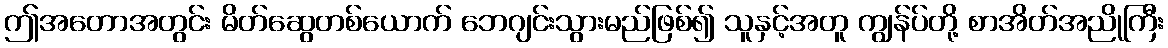
ဤအတောအတွင်း မိတ်ဆွေတစ်ယောက် ဘေဂျင်းသွားမည်ဖြစ်၍ သူနှင့်အတူ ကျွန်ပ်တို့ စာအိတ်အညိုကြီး